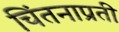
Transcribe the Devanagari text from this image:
चिंतनाप्रती